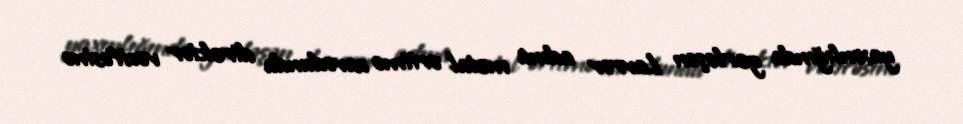
yaxınlığında yerləşən Lavrov adına metal əritmə zavodunda direktor vəzifəsinə